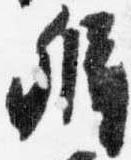
弁